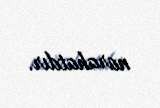
narahatdır.